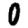
Digit: 0